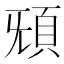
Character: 𩑬